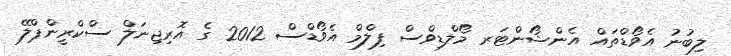
ލިބުނު އެވޯޑްތައް އެންޝޯންޓަރ މޯލްޑިވްސް ފިލްމް އެވޯޑްސް 2012 ގެ އޮރިޖިނަލް ސްކްރީންޕްލޭ